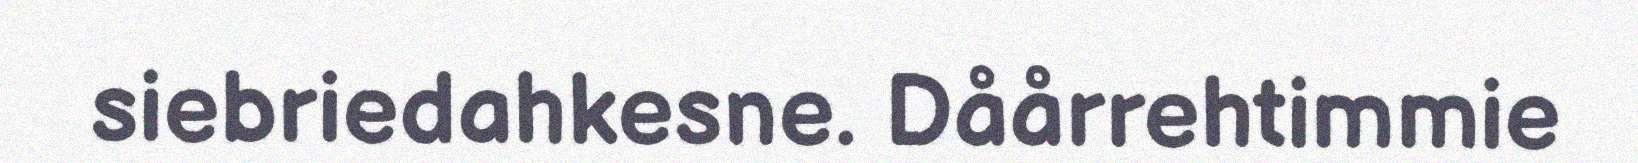
siebriedahkesne. Dåårrehtimmie